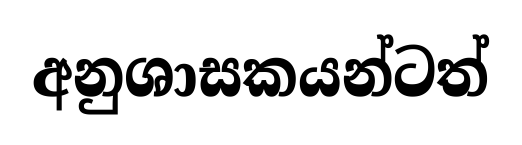
අනුශාසකයන්ටත්